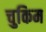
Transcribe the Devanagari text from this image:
चुकिम